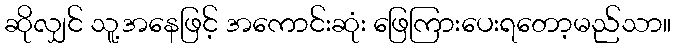
ဆိုလျှင် သူ့အနေဖြင့် အကောင်းဆုံး ဖြေကြားပေးရတော့မည်သာ။